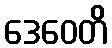
ဒေဝေတိ